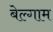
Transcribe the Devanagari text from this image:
बेल्गाम